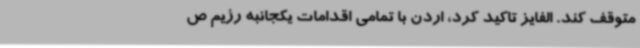
متوقف کند. الفایز تاکید کرد، اردن با تمامی اقدامات یکجانبه رژیم ص